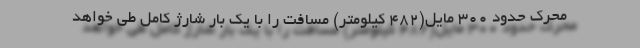
محرک حدود 300 مایل(482 کیلومتر) مسافت را با یک بار شارژ کامل طی خواهد